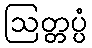
ဩတ္တပ္ပံ